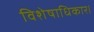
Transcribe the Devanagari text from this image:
विशेषाधिकार।